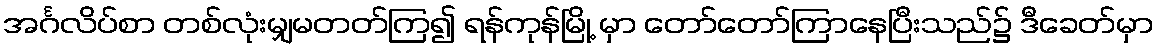
အင်္ဂလိပ်စာ တစ်လုံးမျှမတတ်ကြ၍ ရန်ကုန်မြို့ မှာ တော်တော်ကြာနေပြီးသည်၌ ဒီခေတ်မှာ